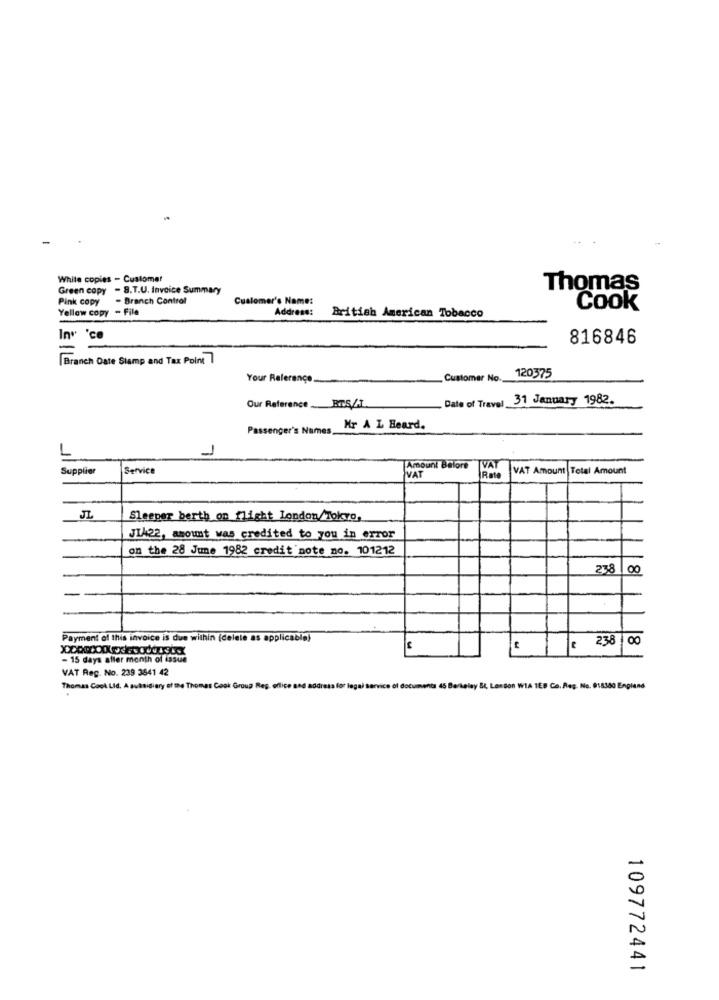
White copies - Customer
Green copy - 8.T.U. Invoice Summary
Thomas
Pink copy
- Branch Control
Customer's Name:
Yellow copy - File
Address:
Cook
British American Tobacco
Inv 'ce
816846
-
Branch Date Stamp and Tax Point
120375
Your Reference
Customer No.
Date of Travel 31 January 1982.
Our Reference __ BISZT
Passenger's Names,
Mr A L Beard.
Supplier
Service
Amount Balore
VAT
VAT
VAT Amount Total Amount
Rate
JL
Sleeper berth or flight London/Tokyo,
JIA22, amount was credited to you in error
on the 28 June 1982 credit note no. 101212
23.8
00
Payment of this invoice is due within (delete as applicable)
: 238 00
- 15 days afler month of issue
VAT Reg. No. 239 3841 42
Thomas Cook Lid. A
y et me Thomas Cook Grou
London WIA 1EB Co. Reg. No. 818380 England
109772441